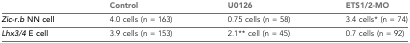
|  | Control | U0126 | ETS1/2-MO |
 | --- | --- | --- | --- |
 | Zic-r.b NN cell | 4.0 cells (n = 163) | 0.75 cells (n = 58) | 3.4 cells* (n = 74) |
 | Lhx3/4 E cell | 3.9 cells (n = 153) | 2.1** cell (n = 45) | 0.7 cells (n = 92) |